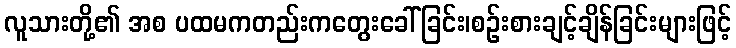
လူသားတို့၏ အစ ပထမကတည်းကတွေးခေါ်ခြင်း၊စဉ်းစားချင့်ချိန်ခြင်းများဖြင့်